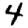
Digit: 4